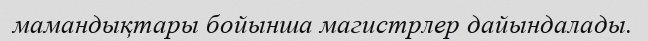
мамандықтары бойынша магистрлер дайындалады.